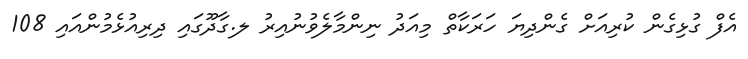
އެފް ގުޅިގެން ކުރިއަށް ގެންދިޔަ ހަރަކާތް މިއަދު ނިންމާލެވުނުއިރު ލ.ގާދޫގައި ދިރިއުޅެމުންއައި 108